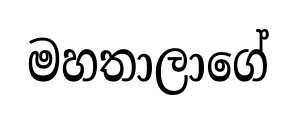
මහතාලාගේ